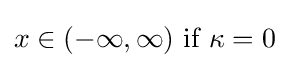
x\in (-\infty ,\infty ){\text{ if }}\kappa =0